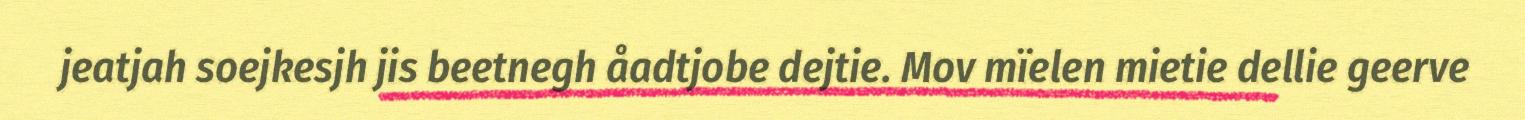
jeatjah soejkesjh jis beetnegh åadtjobe dejtie. Mov mïelen mietie dellie geerve